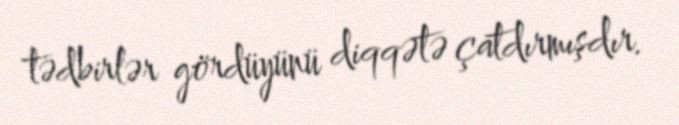
tədbirlər gördüyünü diqqətə çatdırmışdır.